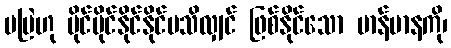
မမြဲဟု ပိုင်ပိုင်နိုင်နိုင်မသိလျှင် ဖြစ်နိုင်သော မာန်မာနကို၊